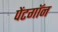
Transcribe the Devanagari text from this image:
पेंटगॉन